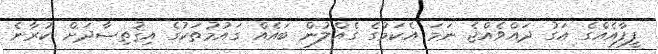
ފީފާއެއްގެ އަގު ދައްވެއްޖެ ނަމަ އެކަމުގެ ގެއްލުން ބައެއް ގައުމުތަކުގެ އިޤުތިޞާދަށް ކުރާނެ